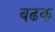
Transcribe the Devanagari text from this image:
बढक